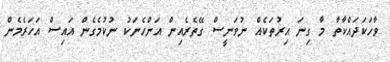
ވާހަކަދައްކާތާ މާ ގިނަ އިރުތަކެއް ނުވަނީސް ގޭތެރެއިން އަންހެނަކު ނުކުމެގެން އައިސް އަހަރެމެން